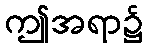
ဤအရာ၌